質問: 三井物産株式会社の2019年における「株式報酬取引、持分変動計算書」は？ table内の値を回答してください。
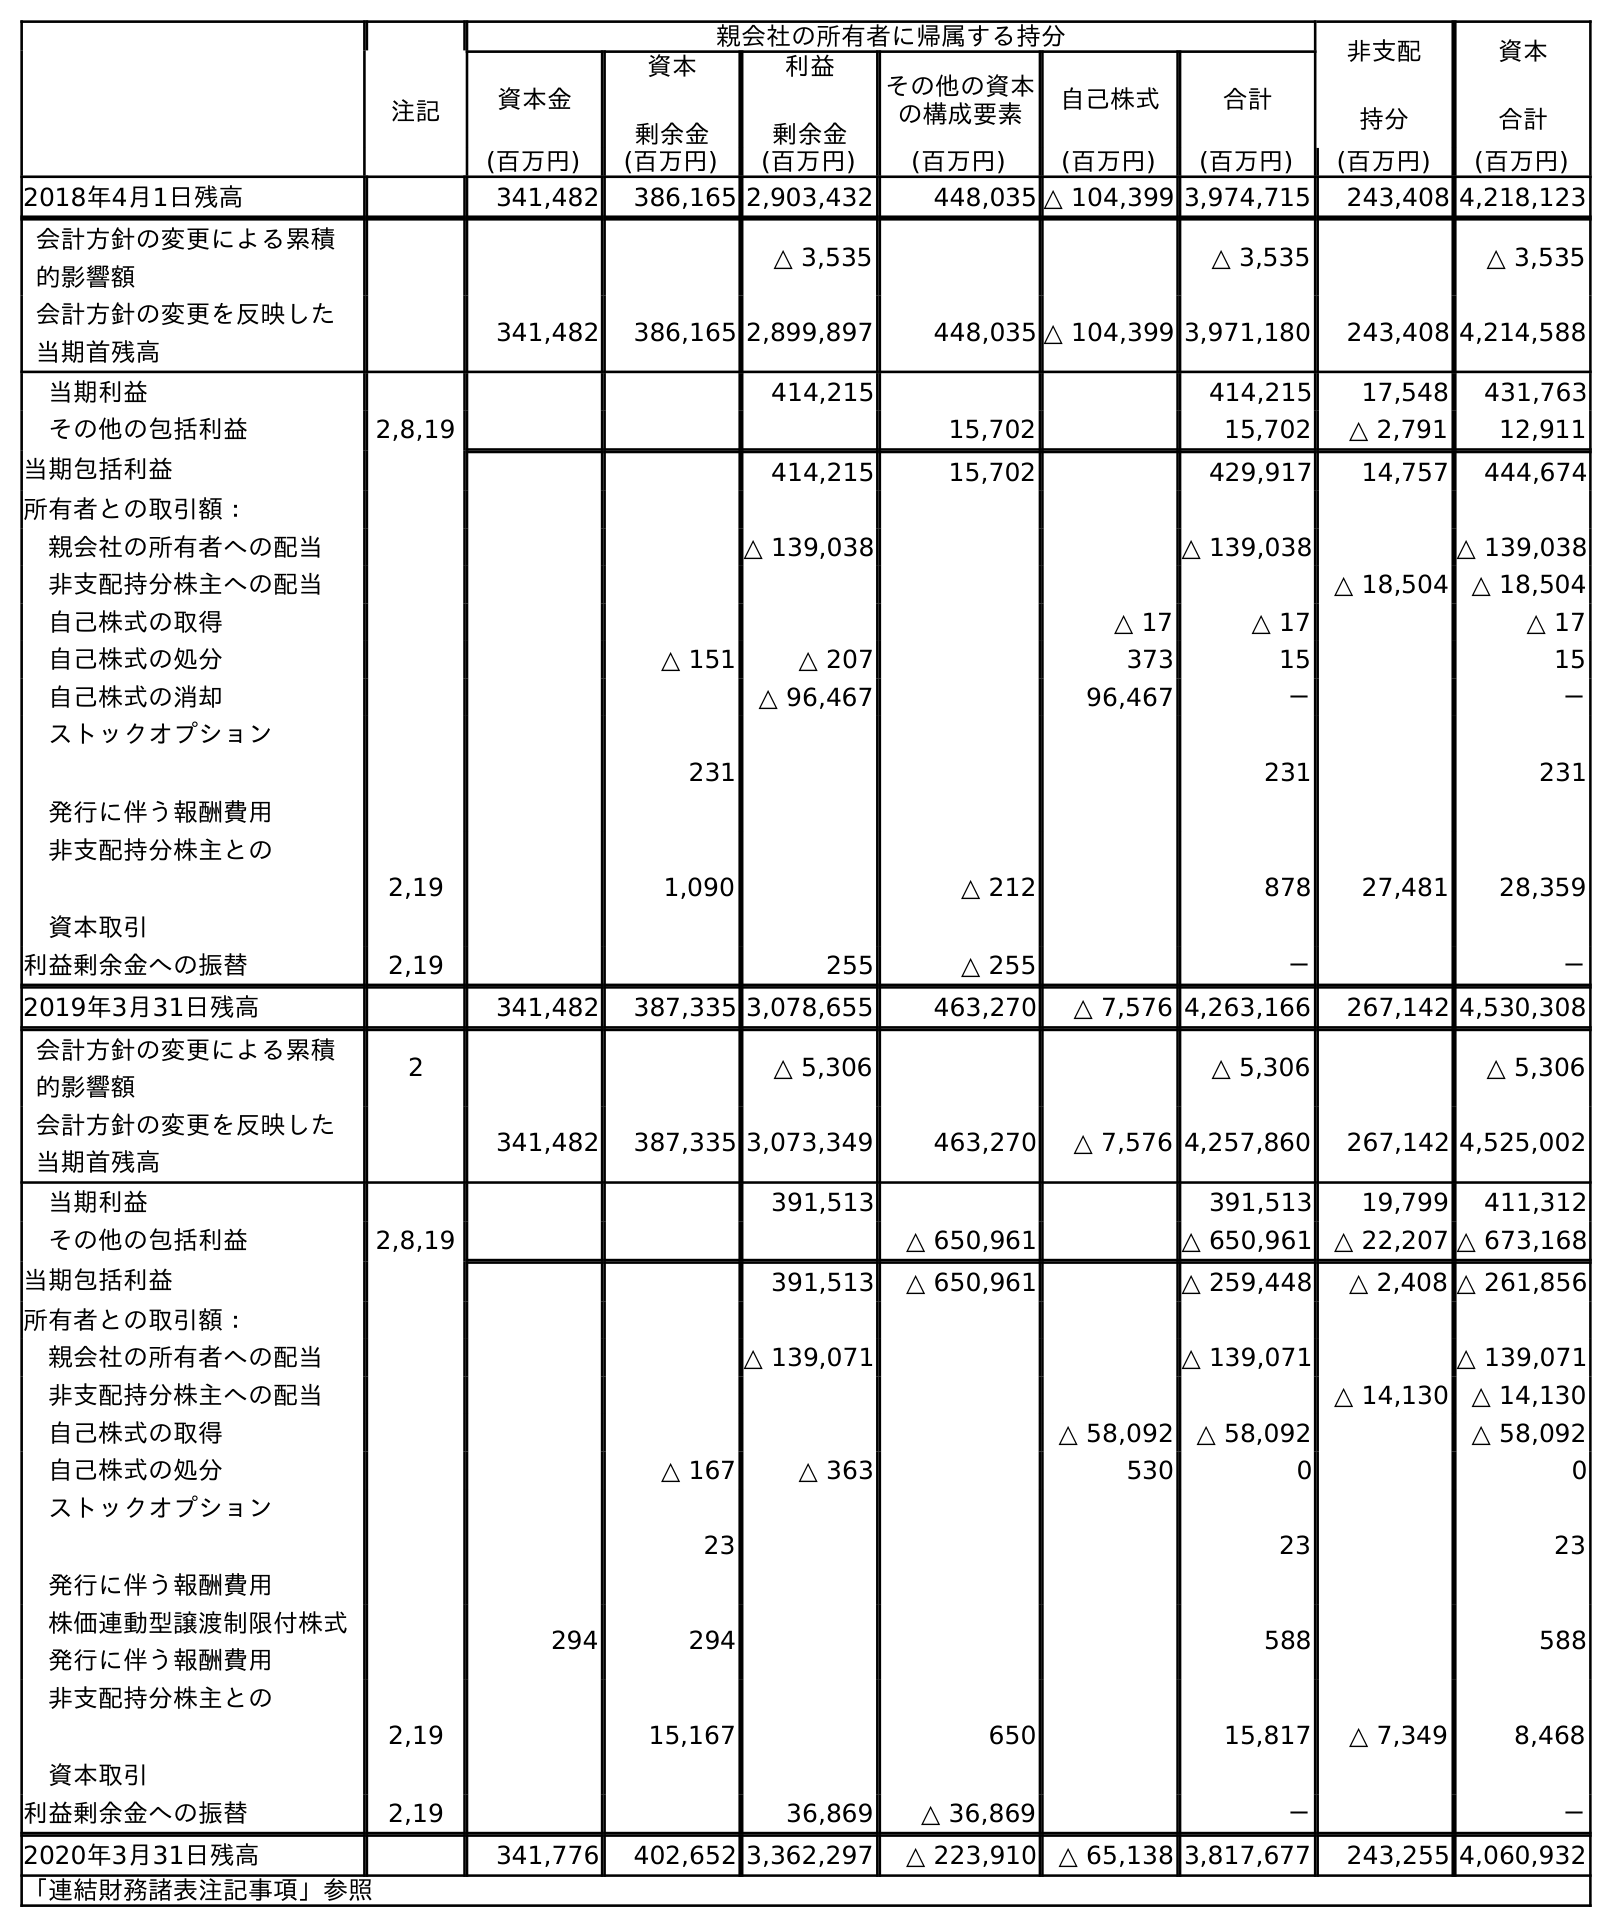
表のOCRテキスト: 親会社の所有者に帰属する持分 非支配 持分 資本 合計 注記 資本金 資本 剰余金 利益 剰余金 その他の資本 の構成要素 自己株式 合計 (百万円) (百万円) (百万円) (百万円) (百万円) (百万円) (百万円) (百万円) 2018年4月1日残高 341,482 386,165 2,903,432 448,035 △ 104,399 3,974,715 243,408 4,218,123 会計方針の変更による累積 的影響額 △ 3,535 △ 3,535 △ 3,535 会計方針の変更を反映した 当期首残高 341,482 386,165 2,899,897 448,035 △ 104,399 3,971,180 243,408 4,214,588 当期利益 414,215 414,215 17,548 431,763 その他の包括利益 2,8,19 15,702 15,702 △ 2,791 12,911 当期包括利益 414,215 15,702 429,917 14,757 444,674 所有者との取引額： 親会社の所有者への配当 △ 139,038 △ 139,038 △ 139,038 非支配持分株主への配当 △ 18,504 △ 18,504 自己株式の取得 △ 17 △ 17 △ 17 自己株式の処分 △ 151 △ 207 373 15 15 自己株式の消却 △ 96,467 96,467 － － ストックオプション 発行に伴う報酬費用 231 231 231 非支配持分株主との 資本取引 2,19 1,090 △ 212 878 27,481 28,359 利益剰余金への振替 2,19 255 △ 255 － － 2019年3月31日残高 341,482 387,335 3,078,655 463,270 △ 7,576 4,263,166 267,142 4,530,308 会計方針の変更による累積 的影響額 2 △ 5,306 △ 5,306 △ 5,306 会計方針の変更を反映した 当期首残高 341,482 387,335 3,073,349 463,270 △ 7,576 4,257,860 267,142 4,525,002 当期利益 391,513 391,513 19,799 411,312 その他の包括利益 2,8,19 △ 650,961 △ 650,961 △ 22,207 △ 673,168 当期包括利益 391,513 △ 650,961 △ 259,448 △ 2,408 △ 261,856 所有者との取引額： 親会社の所有者への配当 △ 139,071 △ 139,071 △ 139,071 非支配持分株主への配当 △ 14,130 △ 14,130 自己株式の取得 △ 58,092 △ 58,092 △ 58,092 自己株式の処分 △ 167 △ 363 530 0 0 ストックオプション 発行に伴う報酬費用 23 23 23 株価連動型譲渡制限付株式 発行に伴う報酬費用 294 294 588 588 非支配持分株主との 資本取引 2,19 15,167 650 15,817 △ 7,349 8,468 利益剰余金への振替 2,19 36,869 △ 36,869 － － 2020年3月31日残高 341,776 402,652 3,362,297 △ 223,910 △ 65,138 3,817,677 243,255 4,060,932 「連結財務諸表注記事項」参照
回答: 231